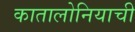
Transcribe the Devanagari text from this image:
कातालोनियाची